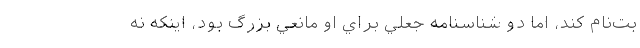
بت‌نام كند، اما دو شناسنامه جعلي براي او مانعي بزرگ بود، اينكه نه